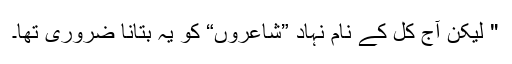
" لیکن آج کل کے نام نہاد ”شاعروں“ کو یہ بتانا ضروری تھا۔